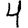
Digit: 4